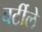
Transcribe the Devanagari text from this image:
बर्टीले